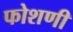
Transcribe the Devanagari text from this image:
फोशणी